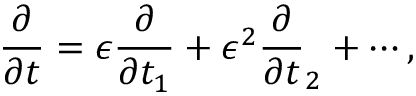
\frac { \partial } { \partial t } = \epsilon \frac { \partial } { \partial t _ { 1 } } + \epsilon ^ { 2 } \frac { \partial } { \partial t } _ { 2 } + \cdots ,